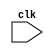
module falling_edge_behavioral_modeling (
    input wire clk,
    // Add any additional input/output ports here
    
);

reg internal_state;

always @ (negedge clk) begin
    // Perform the specified operations or update the internal state here
end

// Additional logic for the module

endmodule